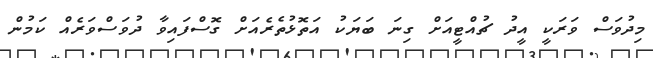
މިދުވަސް ވަރަކީ އީދު ޗުއްޓީއަށް ގިނަ ބަޔަކު އަތޮޅުތެރެއަށް ގޮސްފައިވާ ދުވަސްވަރެއް ކަމުން